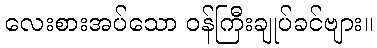
လေးစားအပ်သော ဝန်ကြီးချုပ်ခင်ဗျား။